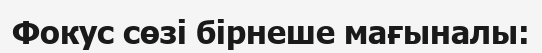
Фокус сөзі бірнеше мағыналы: